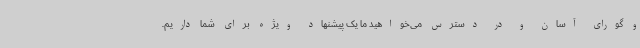
و گورای آسان و در دسترس می‌خواهید ما یک پیشنهاد ویژه برای شما داریم.